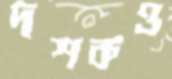
দশকও